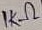
Text: 1KΩ